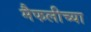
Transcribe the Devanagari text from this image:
मैफलीच्या